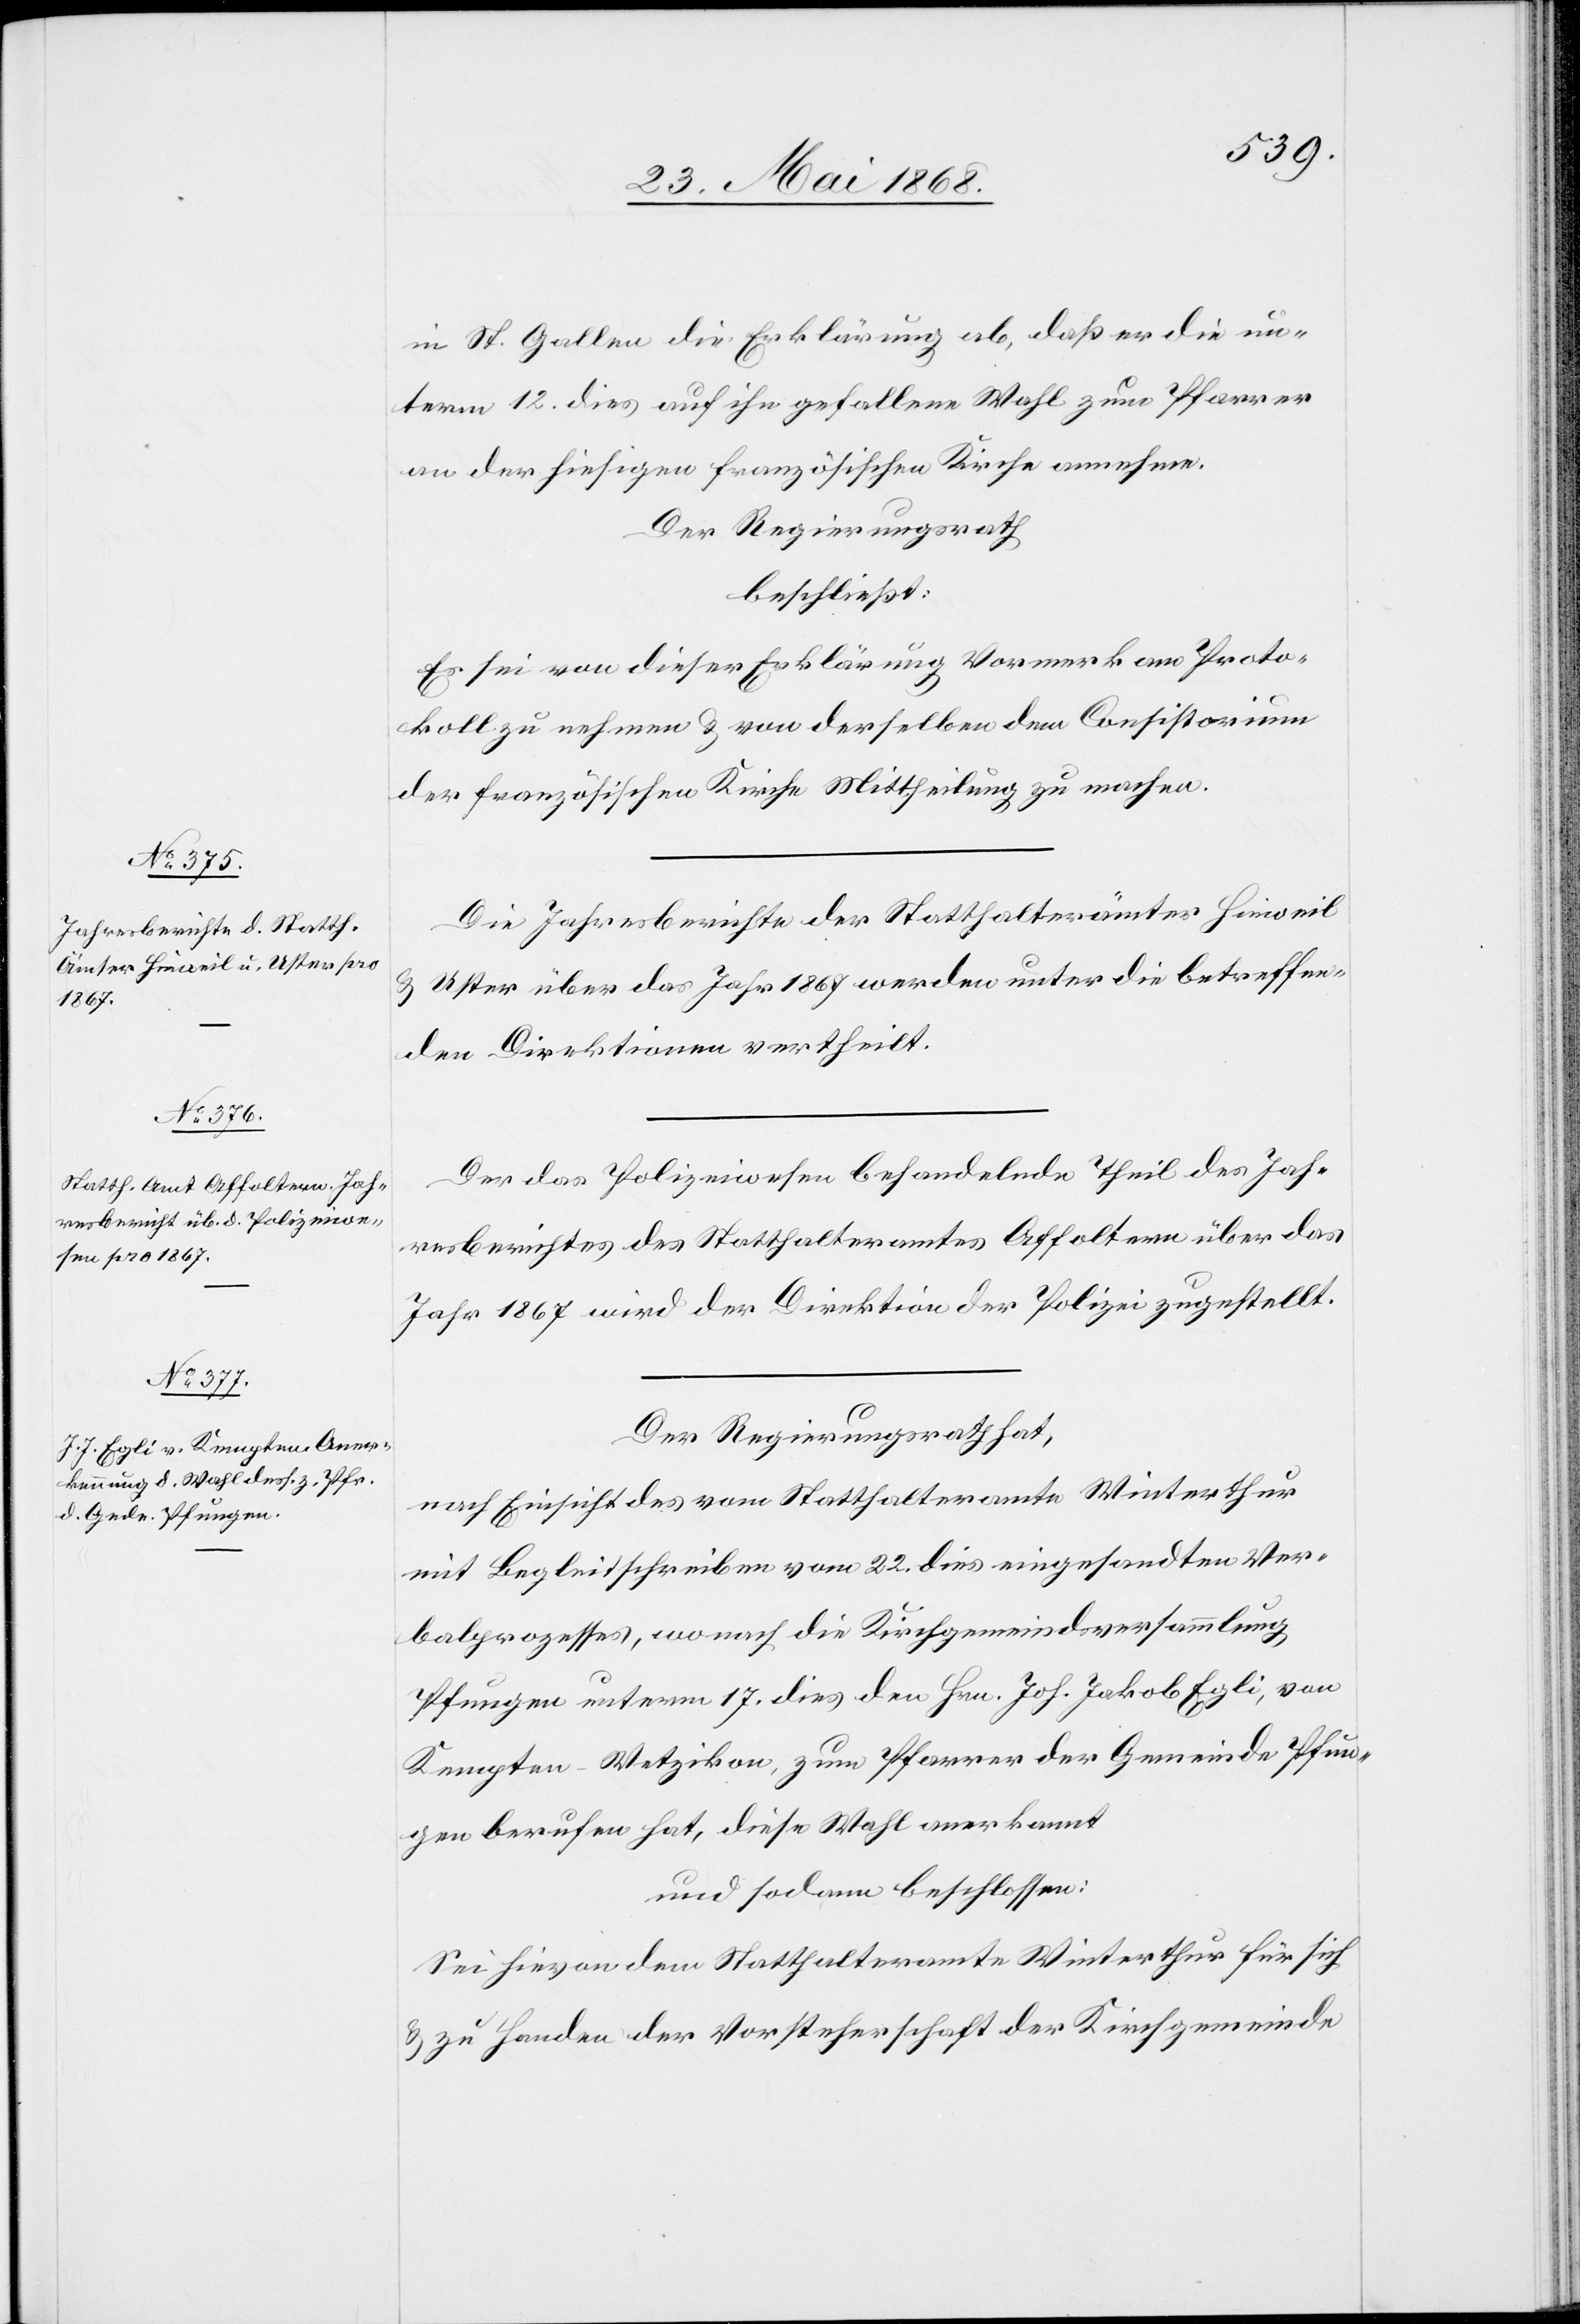
St. Gallen die Erklärung ab, daß er die un¬
term 12. dies auf ihn gefallene Wahl zum Pfarrer
an der hiesigen französischen Kirche annehme.
Der Regierungsrath
beschließt:
Es sei von dieser Erklärung Vormerk am Proto¬
koll zu nehmen & von derselben dem Consistorium
der französischen Kirche Mittheilung zu machen.
Die Jahresberichte der Statthalterämter Hinweil
& Uster über das Jahr 1867 werden unter die betreffen¬
den Direktionen vertheilt.
Der das Polizeiwesen behandelnde Theil des Jah¬
resberichtes des Statthalteramtes Affoltern über das
Jahr 1867 wird der Direktion der Polizei zugestellt.
Der Regierungsrath hat,
nach Einsicht des vom Statthalteramte Winterthur
mit Begleitschreiben vom 22. dies eingesandten Ver¬
balprozesses, wonach die Kirchgemeindsversammlung
Pfungen unterm 17. dies den Hrn. Joh. Jakob Egli, von
Kempten-Wetzikon, zum Pfarrer der Gemeinde Pfun¬
gen berufen hat, diese Wahl anerkannt
und sodann beschlossen:
Sei hievon dem Statthalteramte Winterthur für sich
& zu Handen der Vorsteherschaft der Kirchgemeinde